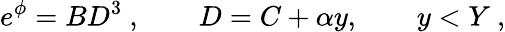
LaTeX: e^{\phi}=BD^{3}\ ,\qquad D=C+\alpha y,\qquad y<Y\ ,